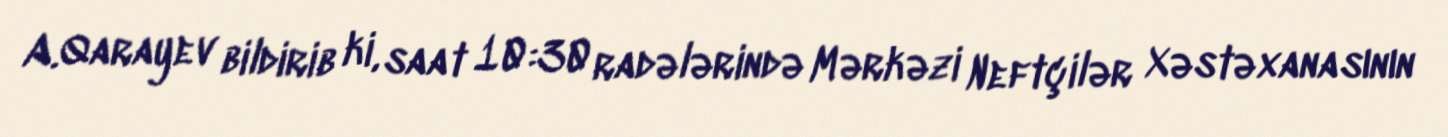
A.Qarayev bildirib ki, saat 10:30 radələrində Mərkəzi Neftçilər Xəstəxanasının